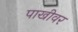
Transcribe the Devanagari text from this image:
पाखीवर